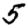
Digit: 5